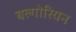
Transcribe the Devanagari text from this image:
बल्गोरियन